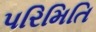
પરિમિતિ